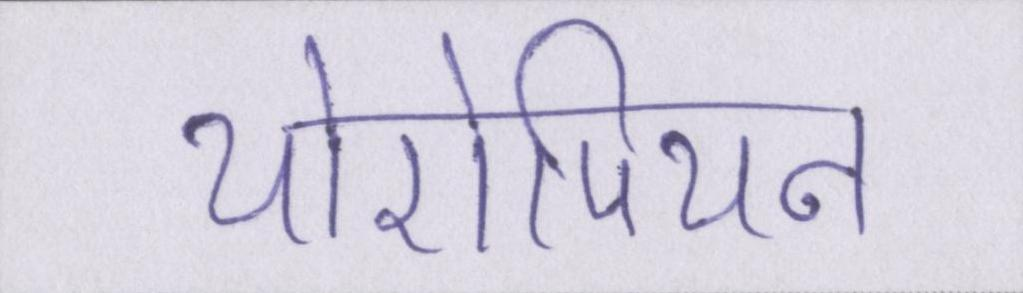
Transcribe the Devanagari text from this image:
योरोपियन